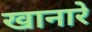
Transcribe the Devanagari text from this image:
खानारे